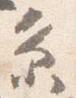
糸